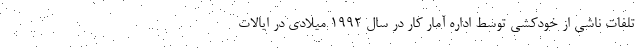
تلفات ناشی از خودکشی توسط اداره آمار کار در سال ۱۹۹۲ میلادی در ایالات